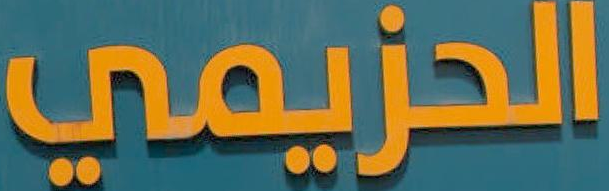
الحزيمي